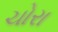
ચોરા